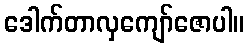
ဒေါက်တာလှကျော်ဇောပါ။